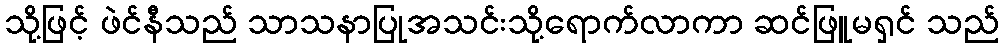
သို့ဖြင့် ဖဲင်နီသည် သာသနာပြုအသင်းသို့ရောက်လာကာ ဆင်ဖြူမရှင် သည်